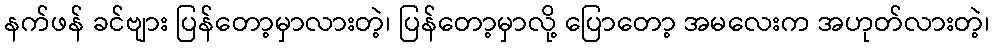
နက်ဖန် ခင်ဗျား ပြန်တော့မှာလားတဲ့၊ ပြန်တော့မှာလို့ ပြောတော့ အမလေးက အဟုတ်လားတဲ့၊